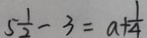
5 \frac { 1 } { 2 } - 3 = a + \frac { 1 } { 4 }